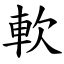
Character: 軟